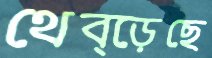
থেব্‌ড়েছে